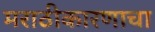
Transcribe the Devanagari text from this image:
मराठीकारणाचा